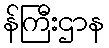
န်ကြီးဌာန